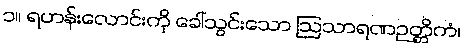
၁။ ရဟန်းလောင်းကို ခေါ်သွင်းသော ဩသာရဏဉတ္တိကံ၊